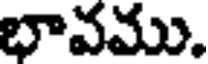
భావము.